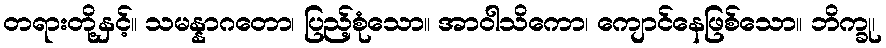
တရားတို့နှင့်။ သမန္နာဂတော၊ ပြည့်စုံသော။ အာဝါသိကော၊ ကျောင်နေဖြစ်သော။ ဘိက္ခု၊